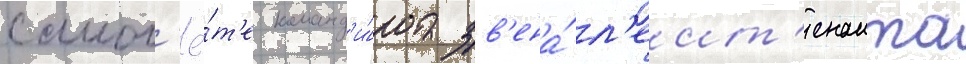
самол'ё́т'е команд'и́ра зв'ена́ л'еит'енанта